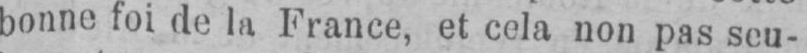
bonne foi de la France, et cela non pas seu-